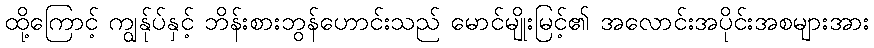
ထို့ကြောင့် ကျွန်ုပ်နှင့် ဘိန်းစားဘွန်ဟောင်းသည် မောင်မျိုးမြင့်၏ အလောင်းအပိုင်းအစများအား